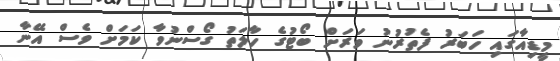
މީޑިއާގައި ހަބަރު ފެތުރުނު ވަރަށް ބޯޓުގެ ހާލަތު ގޯސްނުވާ ކަމަށް ވެސް އޭނާ